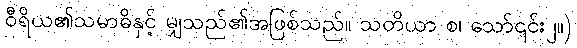
ဝီရိယ၏သမာဓိနှင့် မျှသည်၏အဖြစ်သည်။ သတိယာ စ၊ သော်၎င်း၂။)